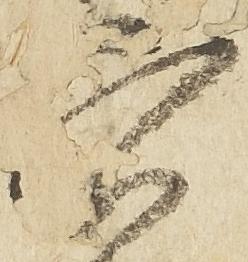
穴